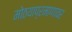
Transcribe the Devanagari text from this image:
मोठयाप्रमाणावर